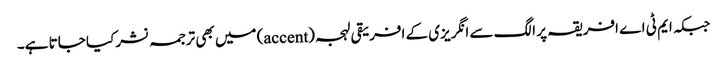
جبکہ ایم ٹی اے افریقہ پر الگ سے انگریزی کے افریقی لہجہ (accent) میں بھی ترجمہ نشر کیا جاتا ہے۔